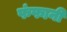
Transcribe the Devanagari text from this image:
फंफानी